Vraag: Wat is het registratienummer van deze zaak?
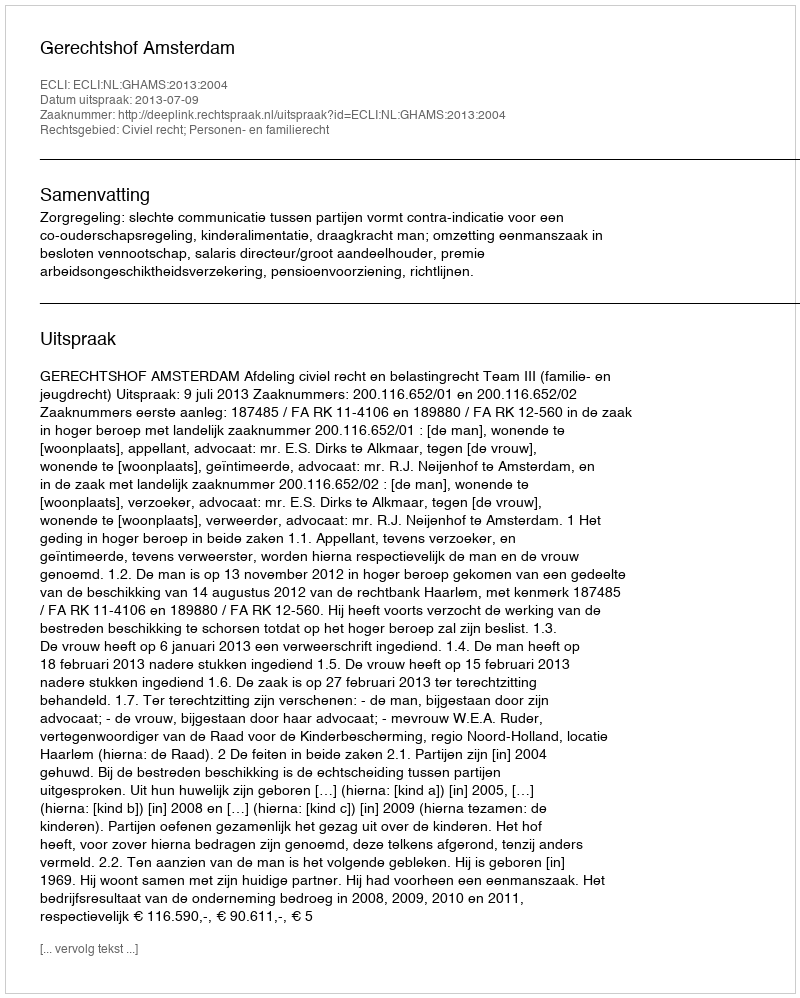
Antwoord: http://deeplink.rechtspraak.nl/uitspraak?id=ECLI:NL:GHAMS:2013:2004